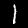
Label: 1